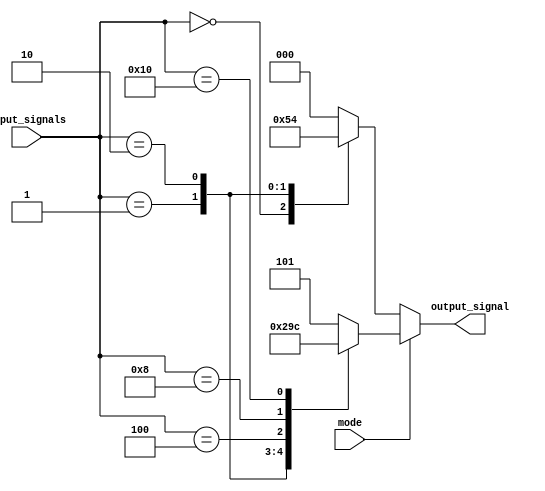
module priority_encoder_decoder (
  input [7:0] input_signals,
  input mode,
  output reg [2:0] output_signal
);

always @*begin
  if (mode == 1) begin // Priority Encoding mode
    case (input_signals)
      8'b00000001: output_signal = 3'b000; // Highest priority input signal
      8'b00000010: output_signal = 3'b001;
      8'b00000100: output_signal = 3'b010;
      8'b00001000: output_signal = 3'b011;
      8'b00010000: output_signal = 3'b100; // Lowest priority input signal
      default: output_signal = 3'b101; // No input signals active
    endcase
  end else begin // Decoding mode
    case (input_signals)
      3'b000: output_signal = 8'b00000001; // Highest priority output signal
      3'b001: output_signal = 8'b00000010;
      3'b010: output_signal = 8'b00000100;
      3'b011: output_signal = 8'b00001000;
      3'b100: output_signal = 8'b00010000; // Lowest priority output signal
      default: output_signal = 8'b00000000; // No input signals active
    endcase
  end
end

endmodule